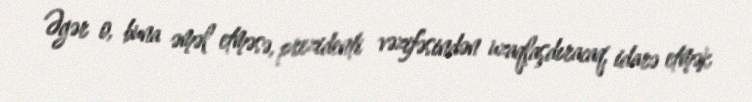
Əgər o, buna əməl etməsə, prezidenti vəzifəsindən uzaqlaşdıracaq, idarə etmək